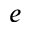
e